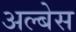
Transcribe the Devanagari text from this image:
अल्बेस